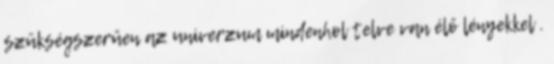
szükségszerűen az univerzum mindenhol telve van élő lényekkel .